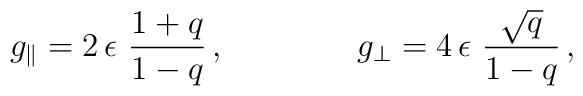
g_{\parallel}=2\, \epsilon\  \frac{1+q}{1-q}\, ,\qquad\qquad   g_{\perp}=4\, \epsilon\  \frac{\sqrt{q}}{1-q}\, ,